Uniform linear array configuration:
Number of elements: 48
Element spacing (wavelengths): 0.75
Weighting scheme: hann
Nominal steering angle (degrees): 0
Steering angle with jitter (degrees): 0.02333
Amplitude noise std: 0.05
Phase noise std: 0.05

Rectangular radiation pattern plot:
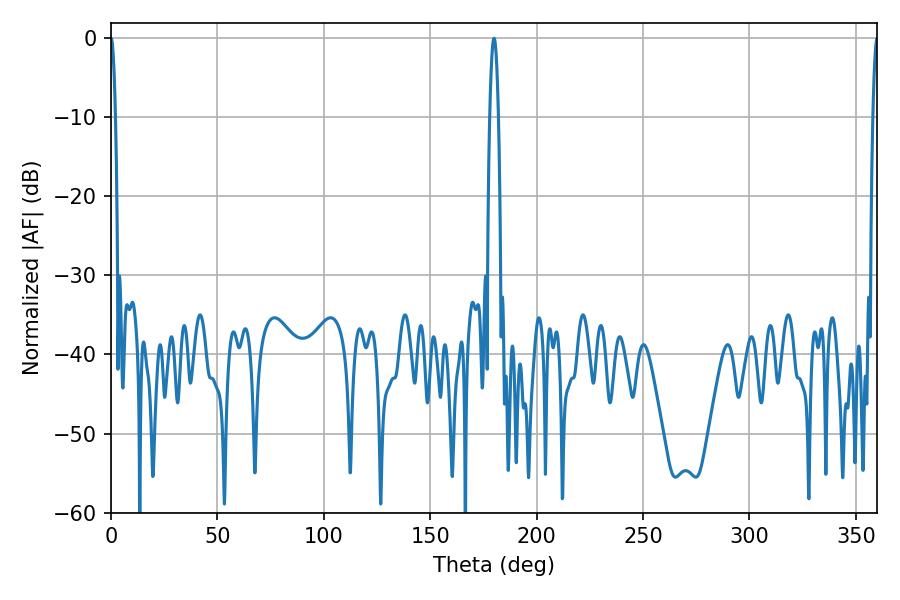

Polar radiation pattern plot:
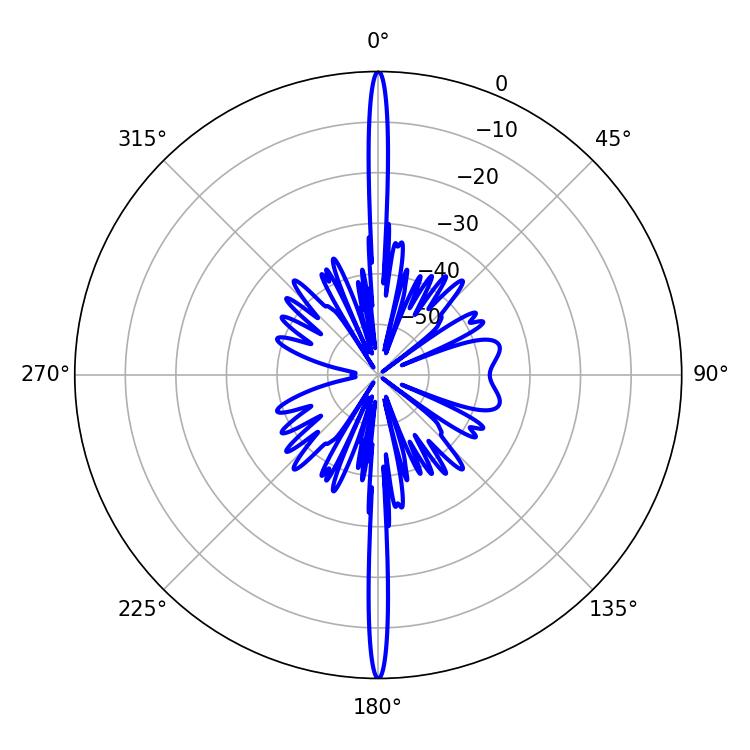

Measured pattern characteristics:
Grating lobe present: TRUE
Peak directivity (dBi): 40.785
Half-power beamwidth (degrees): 1.08
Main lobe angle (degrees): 0